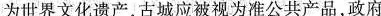
为世界文化遗产，古城应被视为准公共产品，政府